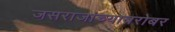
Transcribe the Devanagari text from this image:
जसराजांच्याबरोबर